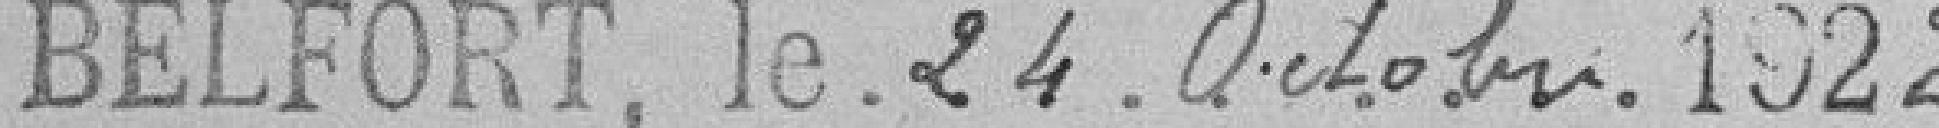
Belfort le 24 octobre 1922